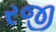
રજી